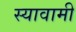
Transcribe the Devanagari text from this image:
स्यावामी